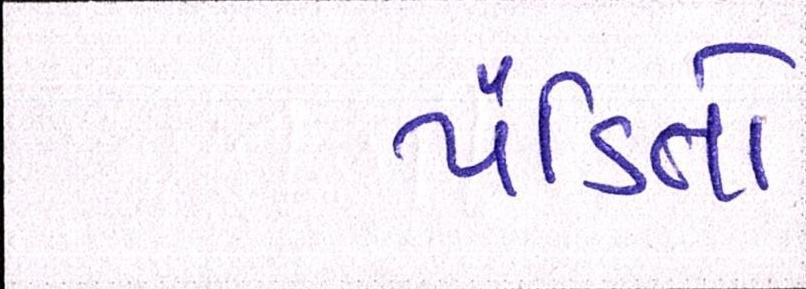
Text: પંડિતો